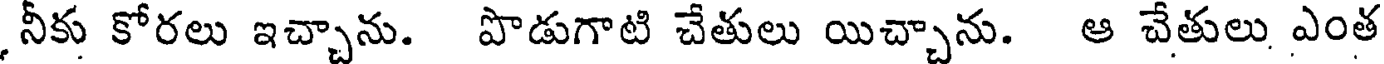
,నీకు కోరలు ఇచ్చాను. పొడుగాటి చేతులు యిచ్చాను. ఆ చేతులు ఎంత